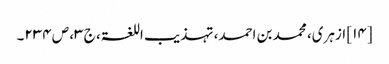
[۱۴] ازہری، محمد بن احمد، تہذیب اللغۃ، ج ۳، ص ۲۳۴۔